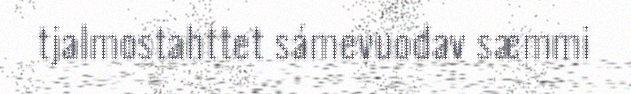
tjalmostahttet sámevuodav sæmmi